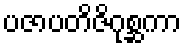
ပဇာပတိဇိဂုစ္ဆကာ